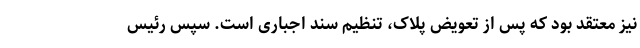
نیز معتقد بود که پس از تعویض پلاک، تنظیم سند اجباری است. سپس رئیس